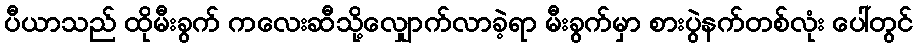
ပီယာသည် ထိုမီးခွက် ကလေးဆီသို့လျှောက်လာခဲ့ရာ မီးခွက်မှာ စားပွဲနက်တစ်လုံး ပေါ်တွင်